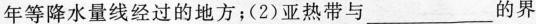
年等降水量线经过的地方；(2)亚热带与___的界